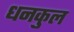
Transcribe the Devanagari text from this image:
धनकुल